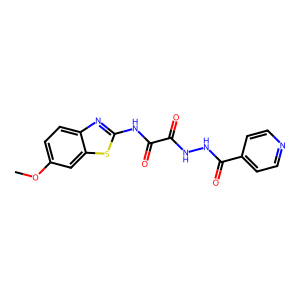
SMILES: COc1ccc2nc(NC(=O)C(=O)NNC(=O)c3ccncc3)sc2c1
Inhibits HIV replication: No